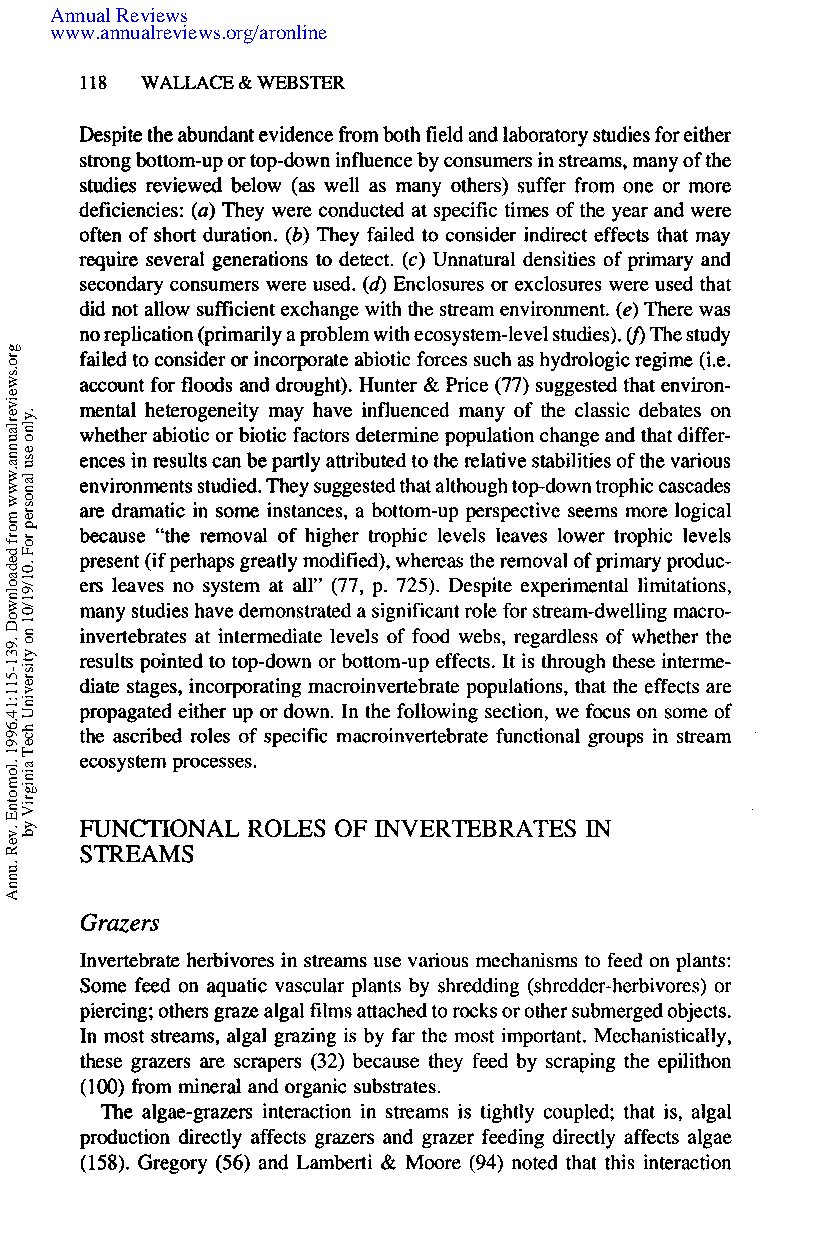
www.annualreviews.org/aronline
 1 18 WALLACE & WEBSTER
 Despite the abundant evidence from both field and laboratory studies for either
 strong bottom-up or top-down influence by consumers in streams, many of the
 studies reviewed below (as well as many others) suffer from one or more
 deficiencies: (a) They were conducted at specific times of the year and were
 often of short duration. (b) They failed to consider indirect effects that may
 require several generations to detect. (c) Unnatural densities of primary and
 secondary consumers were used. (6)E nclosures or exclosures were used that
 did not allow sufficient exchange with the stream environment. (e) There was
 u>
 no replication (primarily a problem with ecosystem-levels tudies). The study
 failed to consider or incorporate abiotic forces such as hydrologic regime (Le.
 account for floods and drought). Hunter & Price (77) suggested that environ-
 mental heterogeneity may have influenced many of the classic debates on
 whether abiotic or biotic factors determine population change and that differ-
 ences in results can be partly attributed to the relative stabilities of the various
 environments studied. They suggested that although topdown trophic cascades
 are dramatic in some instances, a bottom-up perspective seems more logical
 because “the removal of higher trophic levels leaves lower trophic levels
 present (if perhaps greatly modified), whereas the removal of primary produc-
 ers leaves no system at all” (77, p. 725). Despite experimental limitations,
 many studies have demonstrated a significant role for stream-dwelling macro-
 invertebrates at intermediate levels of food webs, regardless of whether the
 results pointed to top-down or bottom-up effects. It is through these interme-
 diate stages, incorporating macroinvertebrate populations, that the effects are
 propagated either up or down. In the following section, we focus on some of
 the ascribed roles of specific macroinvertebrate functional groups in stream
 ecosystem processes.
 FUNCTIONAL ROLES OF INVERTEBRATES IN
 STREAMS
 Grazers
 Invertebrate herbivores in streams use various mechanisms to feed on plants:
 Some feed on aquatic vascular plants by shredding (shredder-herbivores) or
 piercing; others graze algal films attached to rocks or other submerged objects.
 In most streams, algal grazing is by far the most important. Mechanistically,
 these grazers are scrapers (32) because they feed by scraping the epilithon
 (100) from mineral and organic substrates.
 The algae-grazers interaction in streams is tightly coupled; that is, algal
 production directly affects grazers and grazer feeding directly affects algae
 (158). Gregory (56) and Lamberti & Moore (94) noted that this interaction
 gro.sweiverlaunna.www
 morf
 dedaolnwoD
 .931-511:14.6991
 .lomotnE
 .veR
 .unnA
 .ylno
 esu
 lanosrep
 roF
 .01/91/01
 no
 ytisrevinU
 hceT
 ainigriV
 yb